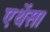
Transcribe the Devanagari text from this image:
एथेंस।